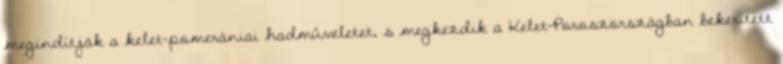
megindítják a kelet-pomerániai hadmûveletet, s megkezdik a Kelet-Poroszországban bekerített